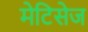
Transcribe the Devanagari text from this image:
मेटिसेज